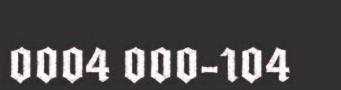
0004 000-104